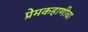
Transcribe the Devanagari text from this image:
प्रेमकहाणीचा